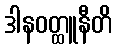
ဒါနဝတ္ထူနီတိ